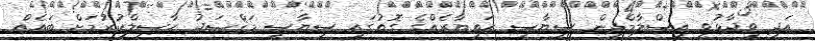
އަދި ވިދާޅުވީ އިސްލާމްދީން ސިޔާސީ ހަތިޔާރެއްގެ ގޮތުގައި ސިޔާސީ މަޤްޞަދު ހާސިލްކުރުމަށް ބައެއް